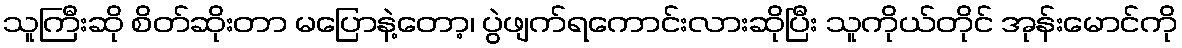
သူကြီးဆို စိတ်ဆိုးတာ မပြောနဲ့တော့၊ ပွဲဖျက်ရကောင်းလားဆိုပြီး သူကိုယ်တိုင် အုန်းမောင်ကို